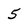
Character: 5